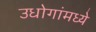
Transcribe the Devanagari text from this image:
उधोगांमध्ये